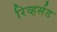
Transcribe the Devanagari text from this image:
रिव्हर्सड